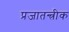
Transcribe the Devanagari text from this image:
प्रजातन्त्रीक